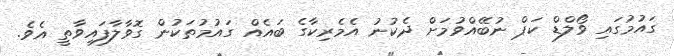
ގައުމުގައި ވޯލްޑް ކަޕް ނުބޭއްވުމަށް ދެކުނު އެމެރިކާގެ ބައެއް ގައުމުތަކުން ގޮވާލާފައިވާތީ އެވެ.